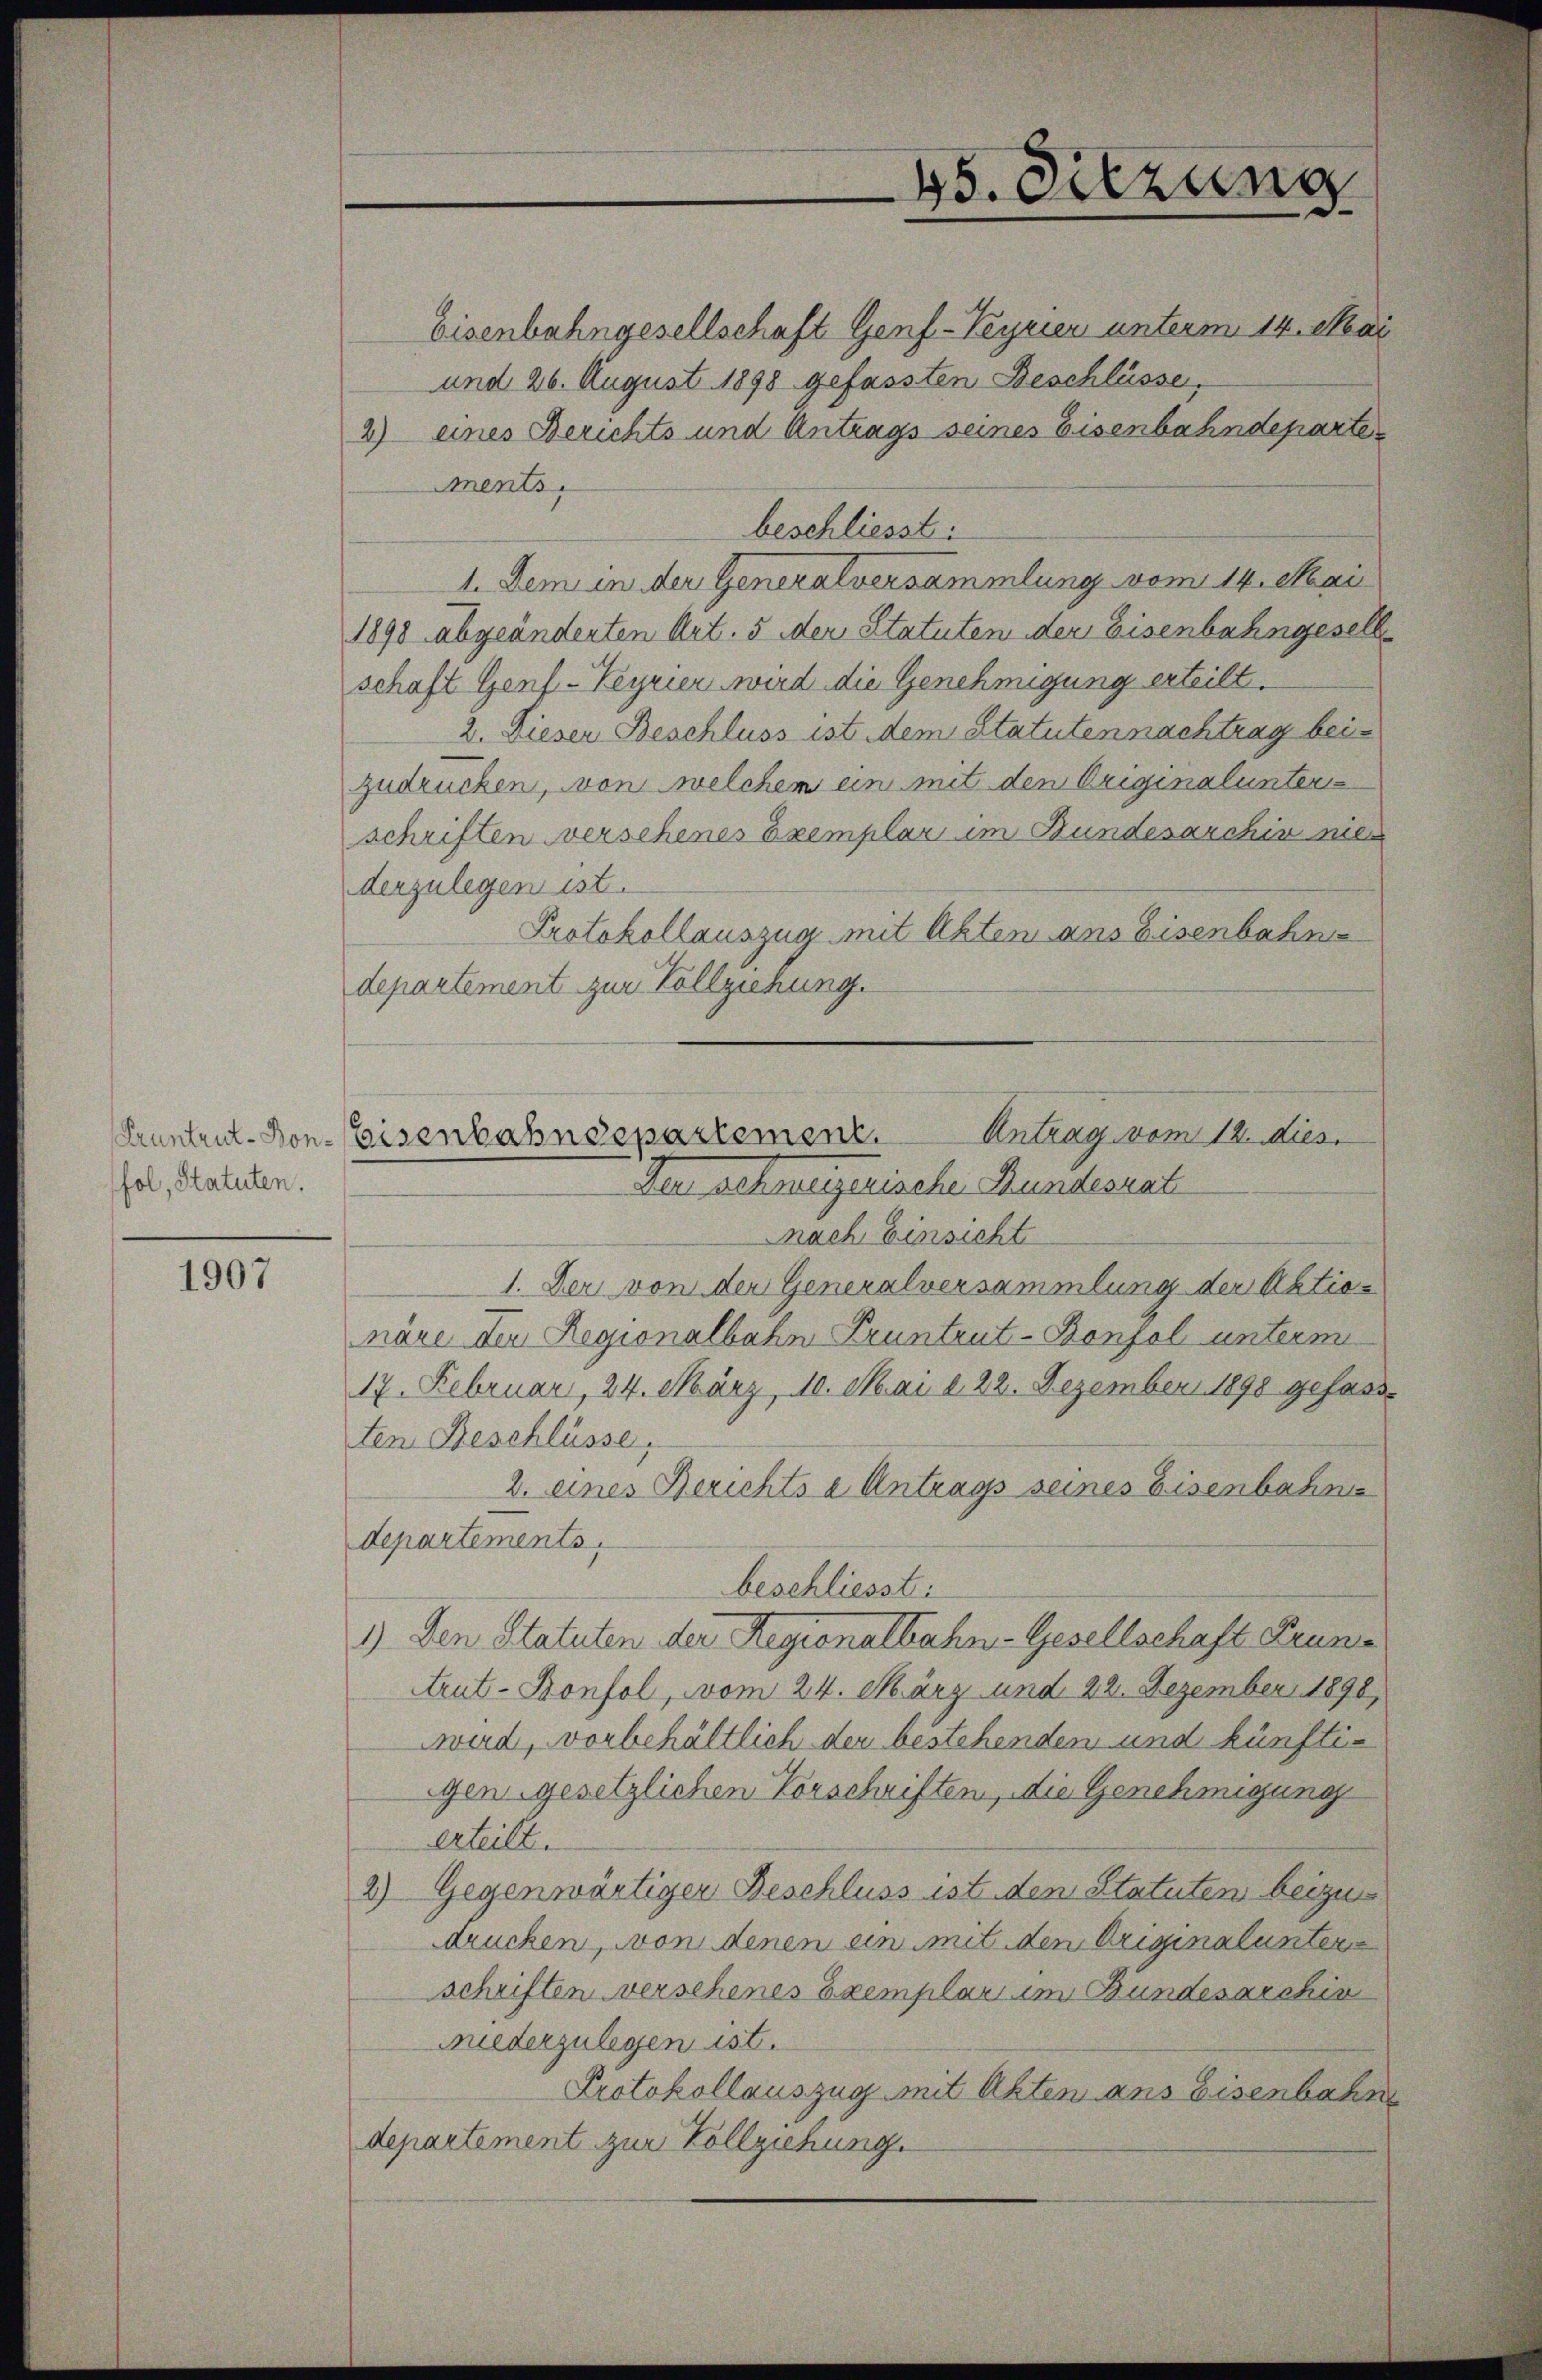
fol, Statuten.

1907

45. Sitzung

Antrag vom 12. dies
Pruntrut-Don-Eisenbahndepartement.
Der schweizerische Bundesrat

Eisenbahngesellschaft Genf-Peyrier unterm 14. Mai
und 26. August 1898 gefassten Beschlüsse,
2) eines Berichts und Antrags seines Eisenbahndeparte
ments
beschliesst:
1. Dem in der Generalversammlung vom 14. Mai
1898 abgeänderten Art. 5 der Statuten der Eisenbahngesells
schaft Genf - Keyrier wird die Genehmigung erteilt.
2. Dieser Beschluss ist dem Statuten nachtrag bei
zudrücken, von welchem ein mit den Originalunters
schriften verschenes Exemplar im Bundesarchiv nie
derzulegen ist.
Protokollauszug mit Akten ans Eisenbahn
departement zur Vollziehung.
nach Einsicht
1. Der von der Generalversammlung der Aktionäre der Regionalbahn Pruntrut-Bonzol unterm
17. Februar, 24. März, 10. Mai d. 22. Dezember 1898 gefassten Beschlüsse,
2. eines Berichts a Antrags seines Eisenbahns
departements,
beschliesst:
1.) Den Statuten der Regionalbahn-Gesellschaft Grun¬
Arut-Konfol, vom 24. März und 22. Dezember 1890,
wird, vorbehältlich den bestehenden und künftigen gesetzlichen Vorschriften, die Genehmigung
erteilt.
2) Gegenwärtiger Beschluss ist den Statuten beizudrucken, von denen ein mit den Originalunter
schriften verschenes Exemplar im Bundesarchin
wiederzulegen ist.
Protokollauszug mit Akten ans Eisenbahn
departement zur Vollziehung.